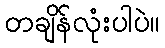
တချိန်လုံးပါပဲ။